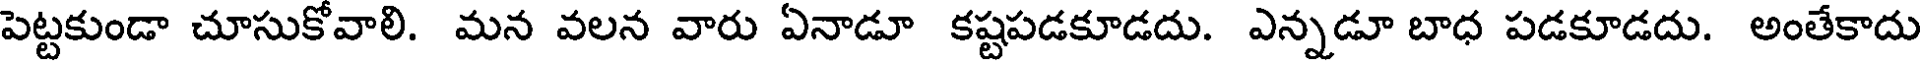
పెట్టకుండా చూసుకోవాలి. మన వలన వారు ఏనాడూ కష్టపడకూడదు. ఎన్నడూ బాధ పడకూడదు. అంతేకాదు